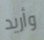
وأريد